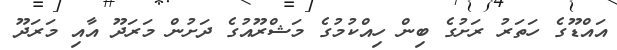
އައްޑޫގެ ހަތަރު ރަށުގެ ބިން ހިއްކުމުގެ މަޝްރޫއުގެ ދަށުން މަރަދޫ އާއި މަރަދޫ